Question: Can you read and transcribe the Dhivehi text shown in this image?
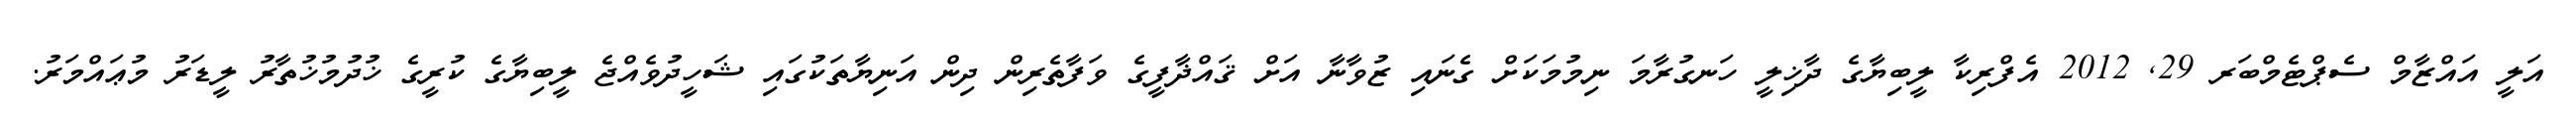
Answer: އަލީ އައްޒާމް ސެޕްޓެމްބަރ 29, 2012 އެފްރިކާ ލީބިޔާގެ ދާޚިލީ ހަނގުރާމަ ނިމުމަކަށް ގެނައި ޒުވާނާ އަށް ޤައްޛާފީގެ ވަފާތެރިން ދިން އަނިޔާތަކުގައި ޝަހީދުވެއްޖެ ލީބިޔާގެ ކުރީގެ ޚުދުމުޚުތާރު ލީޑަރު މުޢައްމަރު.